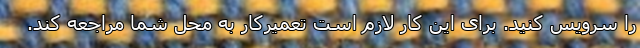
را سرویس کنید. برای این کار لازم است تعمیرکار به محل شما مراجعه کند.